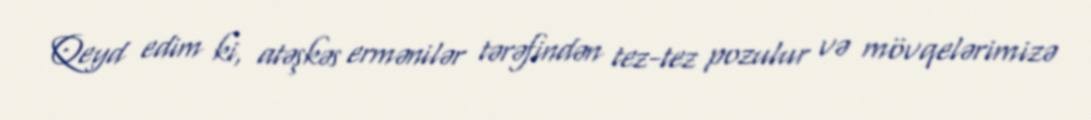
Qeyd edim ki, atəşkəs ermənilər tərəfindən tez-tez pozulur və mövqelərimizə